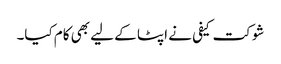
شوکت کیفی نے اپٹا کے لیے بھی کام کیا۔